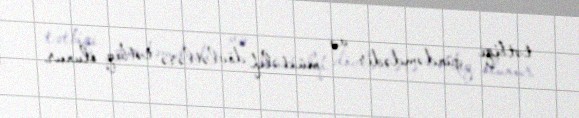
tətbiqi gündəmdədir və müxtəlif dövlətlərə tətbiq olunur.